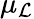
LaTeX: \mu_{\mathcal{L}}